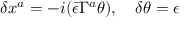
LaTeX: \delta x ^ { a } = - i ( \bar { \epsilon } \Gamma ^ { a } \theta ) , \, \, \, \, \, \, \delta \theta = \epsilon